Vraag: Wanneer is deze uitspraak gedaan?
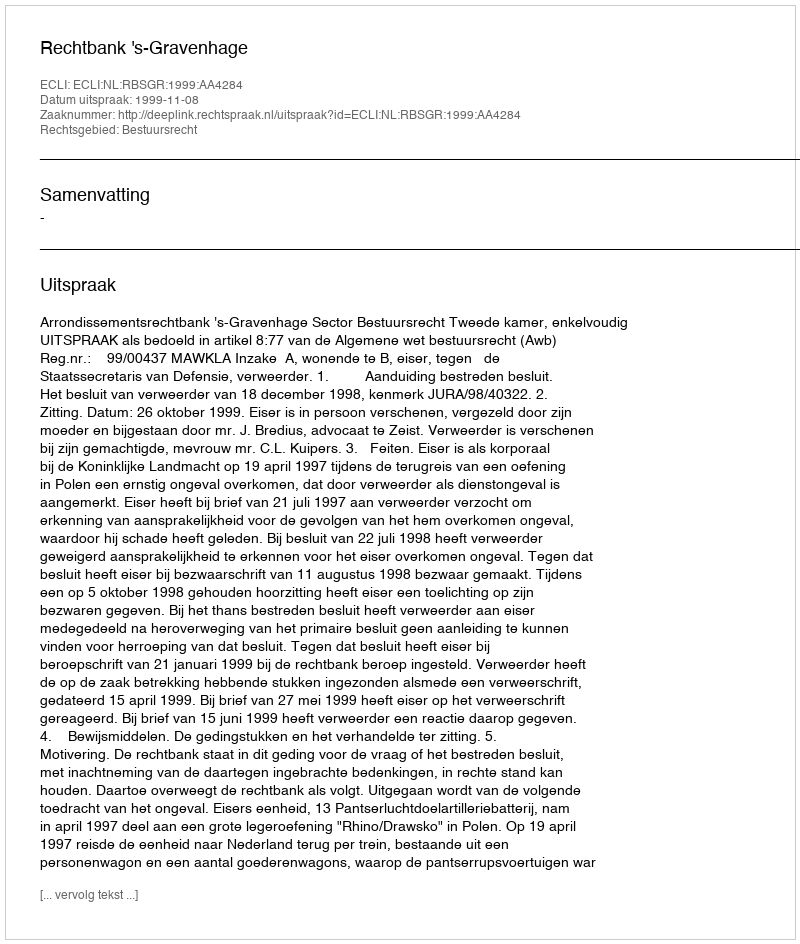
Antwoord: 1999-11-08